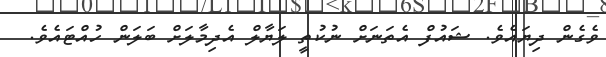
ވެގެން ދިޔައެވެ. ޝައުފް އެތަނަށް ނުކުތީ ލަޔާލް އެދިމާލަށް ބަލަން ހުއްޓައެވެ.